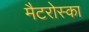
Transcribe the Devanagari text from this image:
मैटरोस्का